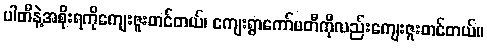
ပါတီနဲ့အစိုးရကိုကျေးဇူးတင်တယ်၊ ကျေးရွာကော်မတီကိုလည်းကျေးဇူးတင်တယ်။